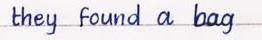
they found a bag